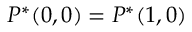
P ^ { * } ( 0 , 0 ) = P ^ { * } ( 1 , 0 )